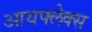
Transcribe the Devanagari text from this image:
आयफ्लेक्स